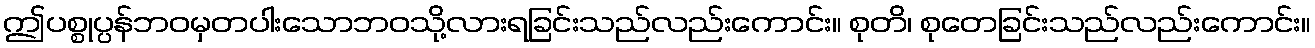
ဤပစ္စုပ္ပန်ဘဝမှတပါးသောဘဝသို့လားရခြင်းသည်လည်းကောင်း။ စုတိ၊ စုတေခြင်းသည်လည်းကောင်း။